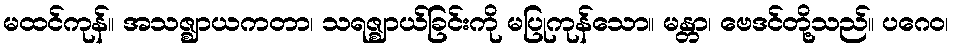
မထင်ကုန်။ အသဇ္ဈာယကတာ၊ သရဇ္ဈာယ်ခြင်းကို မပြုကုန်သော။ မန္တာ၊ ဗေဒင်တို့သည်။ ပဂေဝ၊